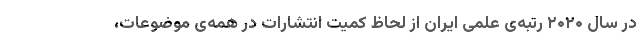
در سال ۲۰۲۰ رتبه‌ی علمی ایران از لحاظ کمیت انتشارات در همه‌ی موضوعات،